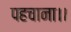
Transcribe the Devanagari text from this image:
पहचाना।।